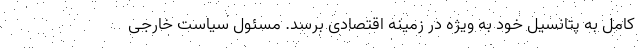
کامل به پتانسیل خود به ویژه در زمینه اقتصادی برسد. مسئول سیاست خارجی